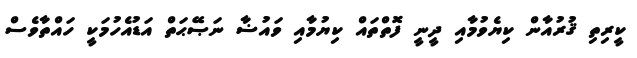
ކީރިތި ޤުރުއާން ކިޔެވުމާއި ދީނީ ފޮތްތައް ކިޔުމާއި ވައުޟާ ނަޞޭޙަތް އަޑުއެހުމަކީ ހައްތާވެސް